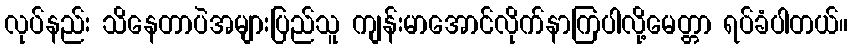
လုပ်နည်း သိနေတာပဲအများပြည်သူ ကျန်းမာအောင်လိုက်နာကြပါလို့မေတ္တာ ရပ်ခံပါတယ်။